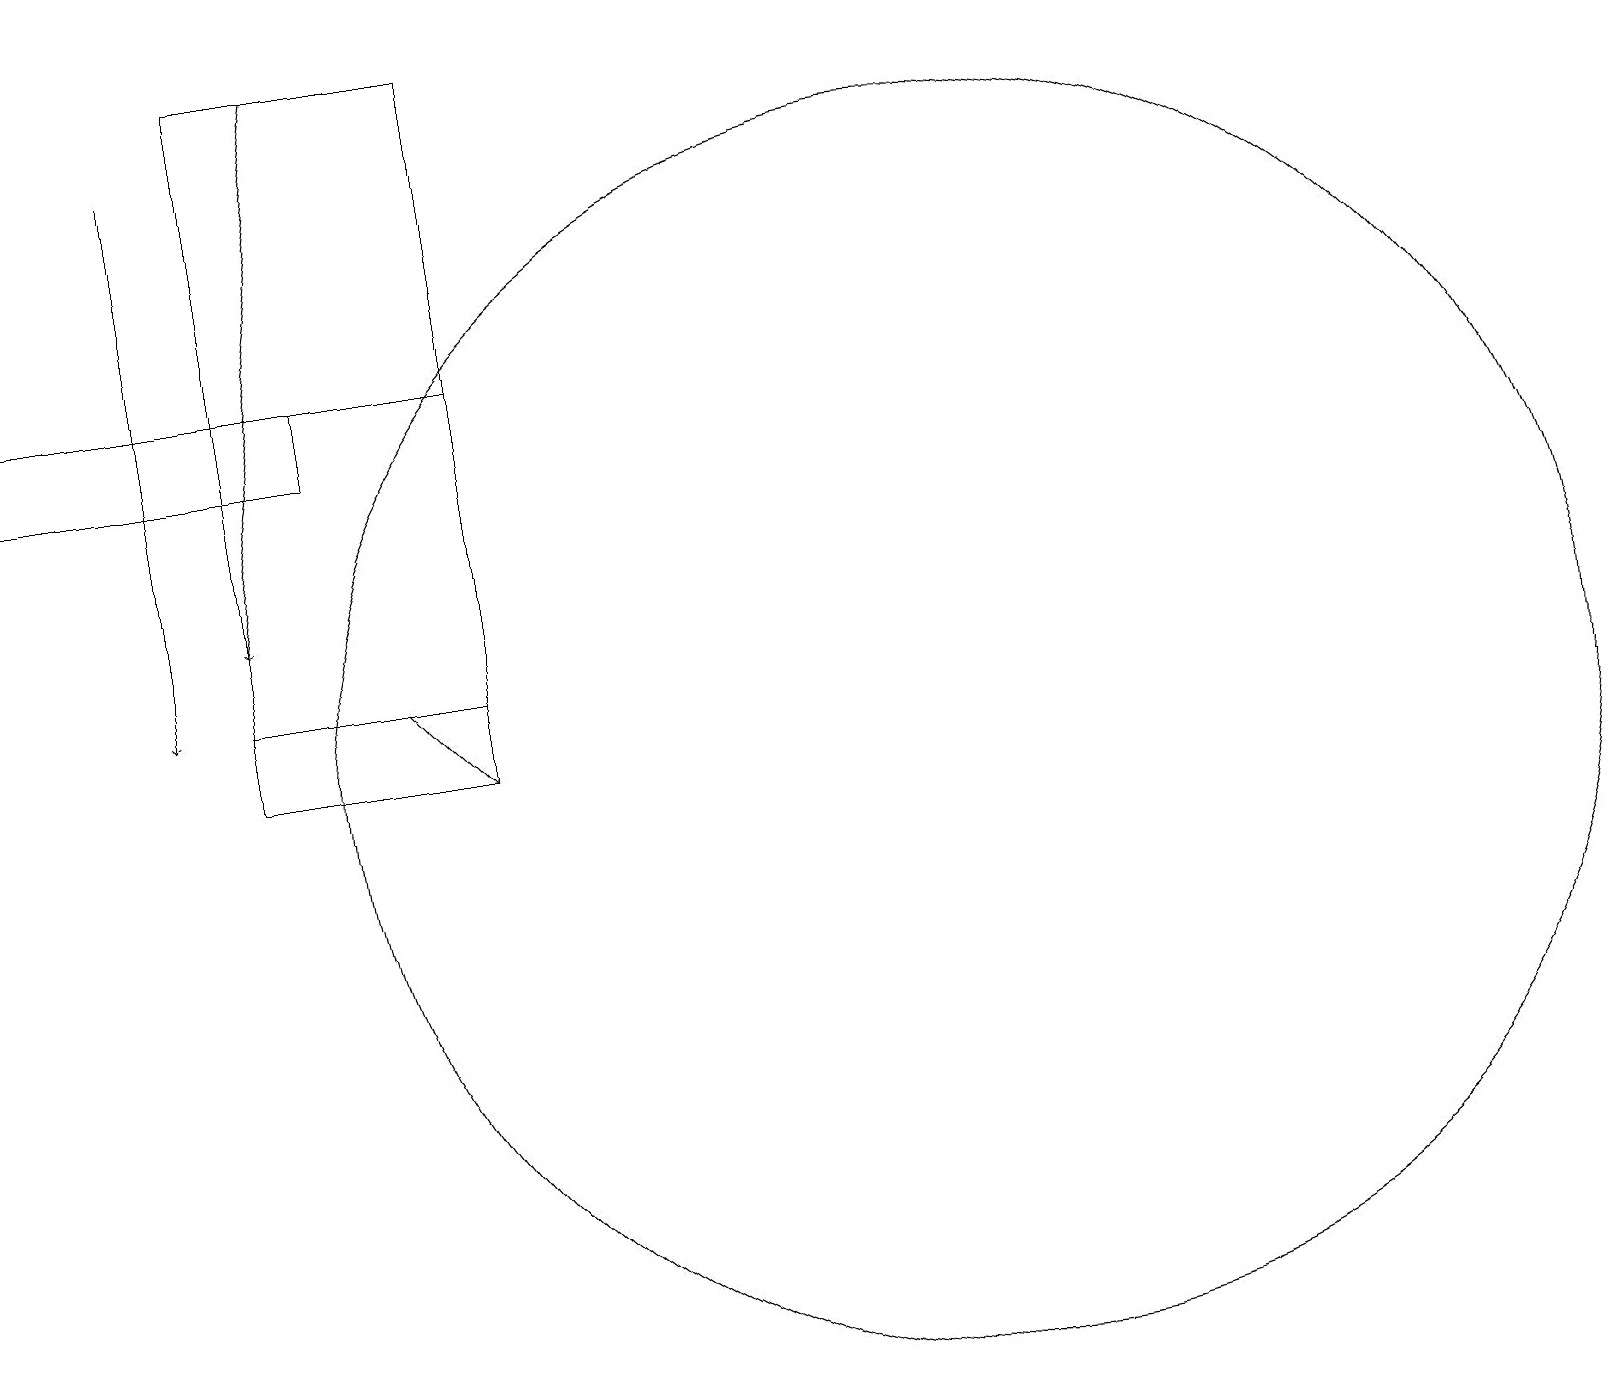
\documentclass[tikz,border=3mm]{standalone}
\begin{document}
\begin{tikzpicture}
\draw (12,10) circle (8);
\draw[->] (2,18) -- (2,11);
\draw (6,10) rectangle (3,19);
\draw (4,15) rectangle (0,14);
\draw[->] (5,11) -- (6,10);
\draw[->] (4,19) -- (3,12);
\draw (6,11) rectangle (3,15);
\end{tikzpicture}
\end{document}